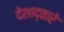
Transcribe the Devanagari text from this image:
देशाद्वारे